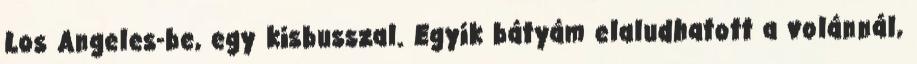
Los Angeles-be, egy kisbusszal. Egyik bátyám elaludhatott a volánnál,